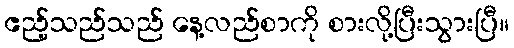
ဧည့်သည်သည် နေ့လည်စာကို စားလို့ပြီးသွားပြီ။